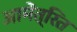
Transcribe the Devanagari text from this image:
आमेंत्रित